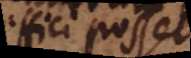
effici posset